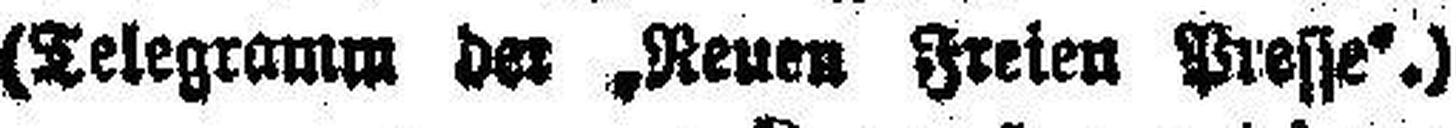
(Telegramm der „Neuen Freien Presse“.)